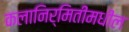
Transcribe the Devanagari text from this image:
कलानिर्मितीमधील